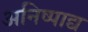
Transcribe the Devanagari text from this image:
अनिष्पाद्य